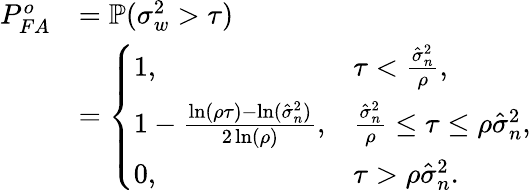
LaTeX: \begin{array}{rl}{P_{FA}^{o}}&{=\mathbb{P}(\sigma_{w}^{2}>\tau)}\\ &{=\left\{ \begin{array}{ll}{1,}&{\tau<\frac{\hat{\sigma}_{n}^{2}}{\rho},}\\ {1-\frac{\ln(\rho\tau)-\ln(\hat{\sigma}_{n}^{2})}{2\ln(\rho)},}&{\frac{\hat{\sigma}_{n}^{2}}{\rho}\leq\tau\leq\rho\hat{\sigma}_{n}^{2},}\\ {0,}&{\tau>\rho\hat{\sigma}_{n}^{2}.}\end{array}\right.}\end{array}